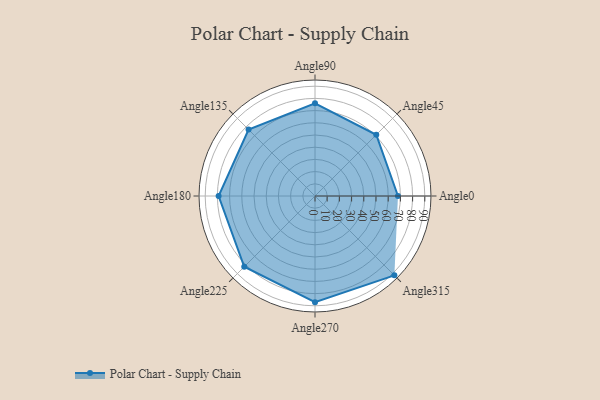
{"axis": {"x": "Angle", "y": "Radius"}, "legend": [""], "data": [{"x": "Angle0", "y": 68.0, "type": ""}, {"x": "Angle45", "y": 71.0, "type": ""}, {"x": "Angle90", "y": 76.0, "type": ""}, {"x": "Angle135", "y": 77.0, "type": ""}, {"x": "Angle180", "y": 79.0, "type": ""}, {"x": "Angle225", "y": 82.0, "type": ""}, {"x": "Angle270", "y": 87.0, "type": ""}, {"x": "Angle315", "y": 92.0, "type": ""}]}